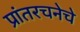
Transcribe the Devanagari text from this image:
प्रांतरचनेचे